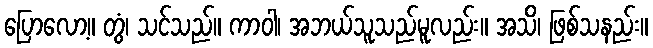
ပြောလော့။ တွံ၊ သင်သည်။ ကာဝါ၊ အဘယ်သူသည်မူလည်း။ အသိ၊ ဖြစ်သနည်း။